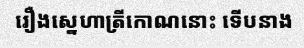
រឿងស្នេហាត្រីកោណនោះ ទើបនាង